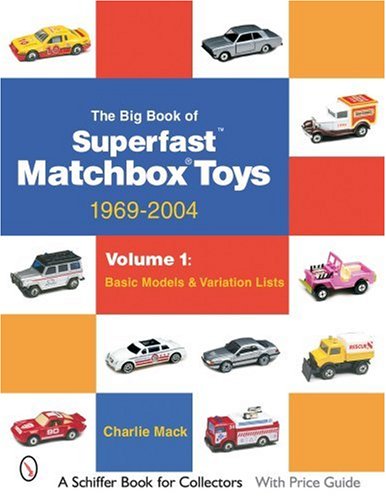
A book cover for The Big Book of Superfast  Matchbox Toys: 1969-2004 Basic Models & Variation Lists; Charlie MacK; Crafts, Hobbies & Home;